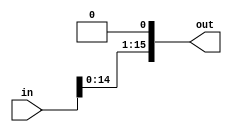
module ShiftLeftOne16_16 (in, out);

input[15:0] in;
output[15:0] out;

assign out = {in[14:0], 1'b0};

endmodule